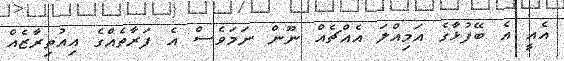
އެއީ އެ ބޭފުޅާގެ އަމިއްލަ އެއްޗެއް ނޫން ނަމަވެސް އެ ފަރާތެއްގެ އިއުތިރާޒެއް